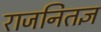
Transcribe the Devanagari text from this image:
राजनितज्ञ